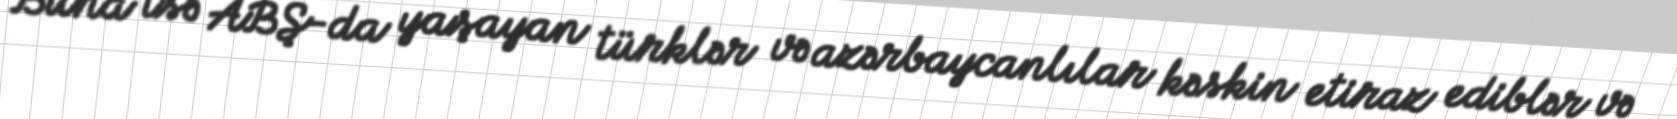
Buna isə ABŞ-da yaşayan türklər və azərbaycanlılar kəskin etiraz ediblər və